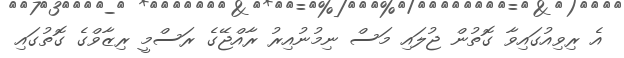
އެ ރިވިއުގައިވާ ގޮތުން ޖުލައި މަސް ނިމުނުއިރު ރާއްޖޭގެ ރަސްމީ ރިޒާވްގެ ގޮތުގައި